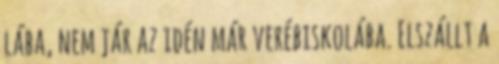
lába, nem jár az idén már verébiskolába. Elszállt a